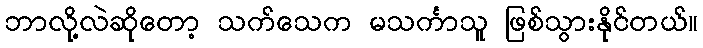
ဘာလို့လဲဆိုတော့ သက်သေက မသင်္ကာသူ ဖြစ်သွားနိုင်တယ်။